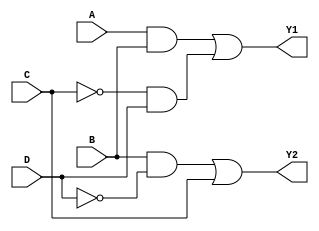
module jewel_pal (
    input wire A,           // Input A
    input wire B,           // Input B
    input wire C,           // Input C
    input wire D,           // Input D
    output wire Y1,         // Output Y1
    output wire Y2          // Output Y2
);

// Programmable AND gates outputs
wire AND1_out;
wire AND2_out;

// Programmable AND Gate 1
// Conditional implementation based on the programming logic
// Example: Y1 can be programmed with combinations of inputs A, B, C, D
assign AND1_out = (A & B) | (~C & D); // Example logic for first AND gate

// Programmable AND Gate 2
// Example: Y2 can be programmed with another combination of inputs
assign AND2_out = (B & ~D) | (C); // Example logic for second AND gate

// Fixed OR Array
// Combining outputs from AND gates to produce final outputs
assign Y1 = AND1_out;    // Output Y1 connects to AND1
assign Y2 = AND2_out;    // Output Y2 connects to AND2

endmodule